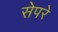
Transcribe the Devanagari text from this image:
सेपरे